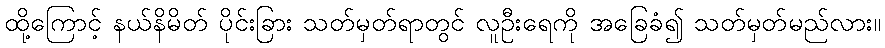
ထို့ကြောင့် နယ်နိမိတ် ပိုင်းခြား သတ်မှတ်ရာတွင် လူဦးရေကို အခြေခံ၍ သတ်မှတ်မည်လား။